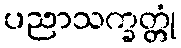
ပညာသက္ခတ္တုံ